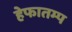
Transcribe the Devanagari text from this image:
हेफातम्प